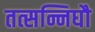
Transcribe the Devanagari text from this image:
तत्सन्निघौ